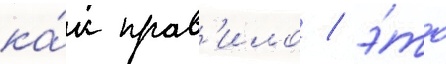
ка́к прав'ило / э́то